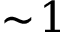
\sim \! 1